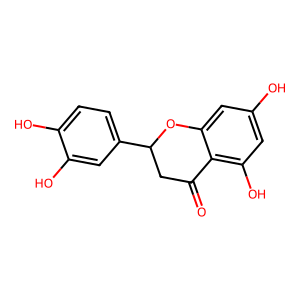
SMILES: O=C1CC(c2ccc(O)c(O)c2)Oc2cc(O)cc(O)c21
Inhibits HIV replication: No